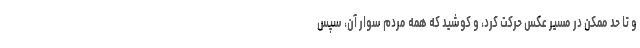
و تا حد ممکن در مسیر عکس حرکت کرد، و کوشید که همه مردم سوار آن، سپس